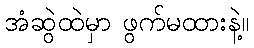
အံဆွဲထဲမှာ ဖွက်မထားနဲ့။